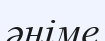
әніме